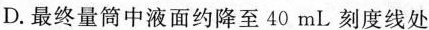
D.最终量筒中液面约降至40mL刻度线处